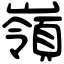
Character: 嶺